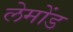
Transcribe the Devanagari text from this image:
लेमोंड